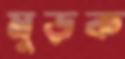
মুড়ক